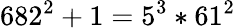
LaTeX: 682^{2}+1=5^{3}*61^{2}